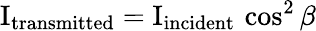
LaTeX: \mathrm{I}_{\mathrm{transmitted}}=\mathrm{I}_{\mathrm{incident}}\, \cos^{2}{\beta}